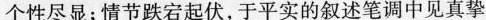
个性尽显；情节跌宕起伏，于平实的叙述笔调中见真挚